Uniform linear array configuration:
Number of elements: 48
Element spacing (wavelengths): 0.5
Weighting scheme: hann
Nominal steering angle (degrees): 30
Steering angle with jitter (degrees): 28.559
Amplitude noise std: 0.05
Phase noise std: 0.05

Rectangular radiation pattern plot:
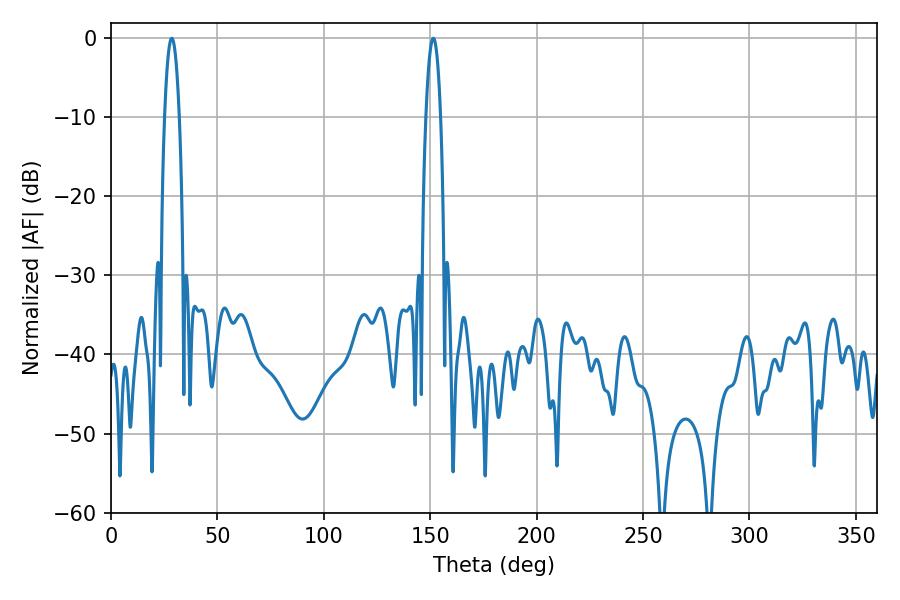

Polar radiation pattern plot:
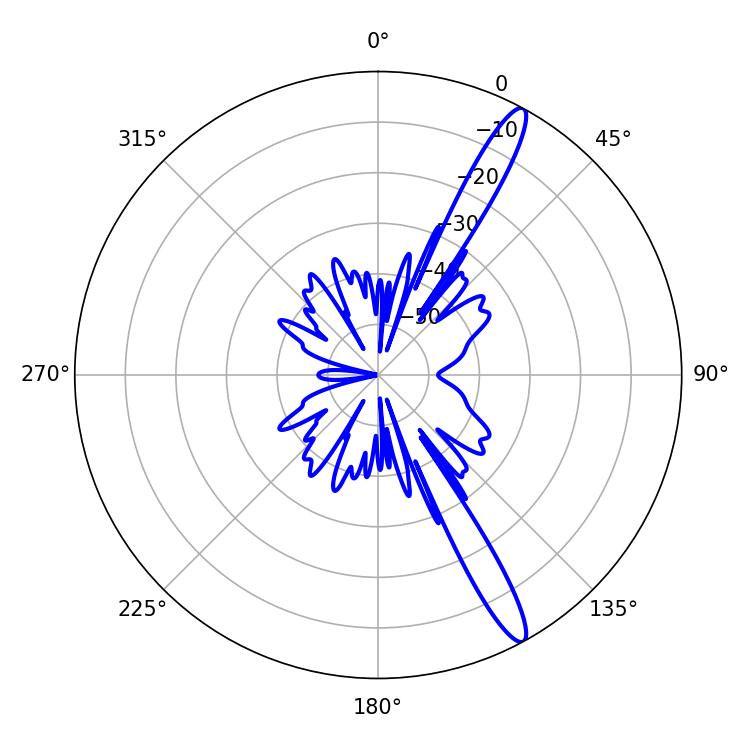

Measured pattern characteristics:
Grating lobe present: FALSE
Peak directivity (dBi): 14.596
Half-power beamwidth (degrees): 3.78
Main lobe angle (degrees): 28.62